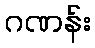
ဂဏန်း